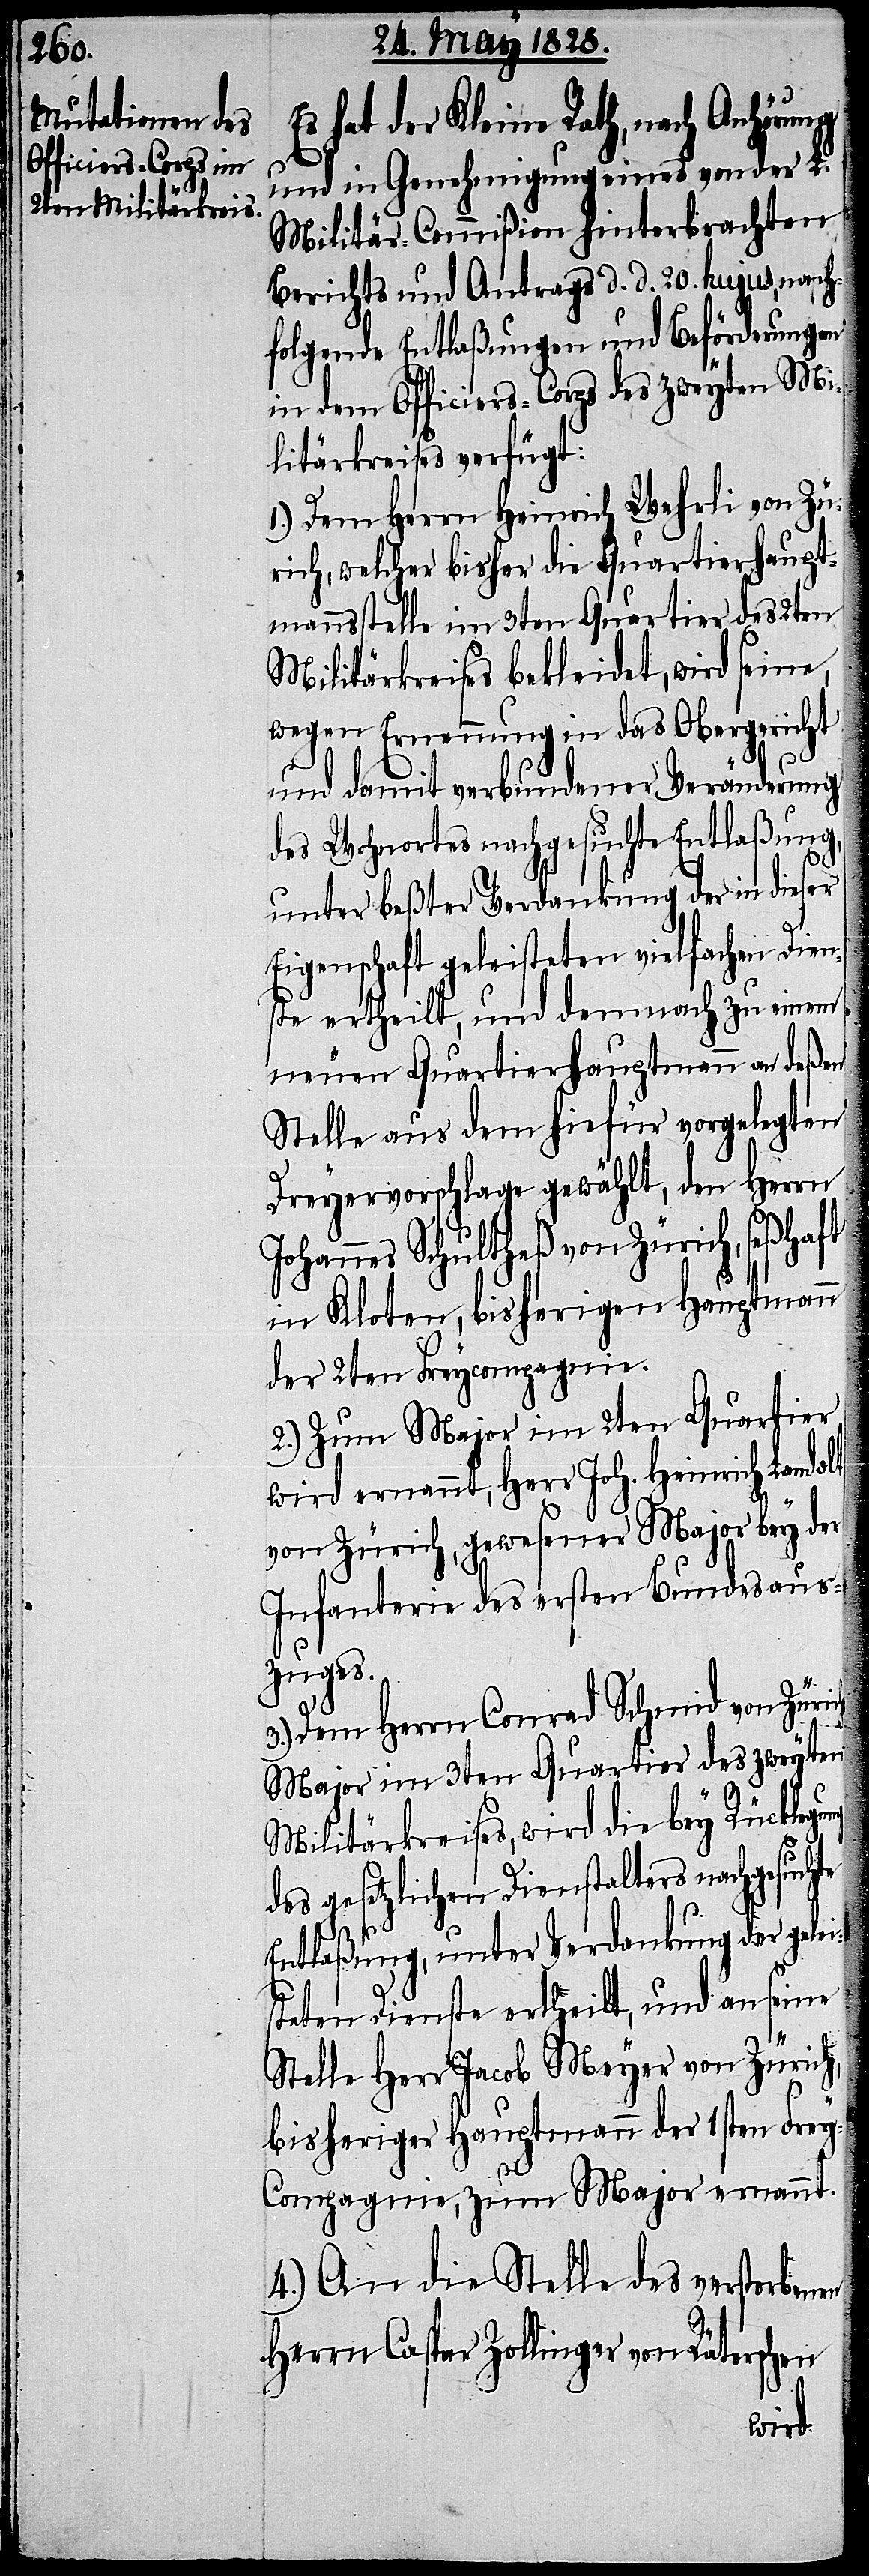
Es hat der Kleine Rath, nach Anhörung
und in Genehmigung eines von der L.
Militär-Commißion hinterbrachten
Berichts und Antrags d. d. 20. hujus, nach¬
folgende Entlaßungen und Beförderungen
in dem Officiers-Corps des zweyten Mi¬
litärkreises verfügt:
1.) Dem Herrn Heinrich Wehrli von Zü¬
rich, welcher bisher die Quartierhaupt¬
mannsstelle im 3ten Quartier des 2ten
Militärkreises bekleidet, wird seine,
wegen Ernennung in das Obergericht
und damit verbundener Veränderung
des Wohnortes nachgesuchte Entlaßung,
unter beßter Verdankung der in dieser
Eigenschaft geleisteten vielfachen Dien¬
ste ertheilt, und demnach zu einem
neuen Quartierhauptmann an deßen
Stelle aus dem hiefür vorgelegten
Dreyervorschlage gewählt, den Herrn
Johannes Schultheß von Zürich, seßhaft
in Kloten, bisherigen Hauptmann
der 2ten Freycompagnie.
2.) Zum Major im 2ten Quartier
wird ernannt, Herr Joh. Heinrich Landolt
von Zürich, gewesener Major bey der
Infanterie des ersten Bundesaus¬
zuges.
ng
3.) Dem Herrn Conrad Schmid von Züric¬
Major im 3ten Quartier des zweyten
Militärkreises, wird die bey Rücklegu¬
des gesetzlichen Dienstalters nachgesuchte
Entlaßung, unter Verdankung der gelei¬
steten Dienste ertheilt, und an seine
Stelle Herr Jacob Meyer von Zürich,
bisheriger Hauptmann der 1sten Fre¬
y-Compagnie, zum Major ernannt.
4.) An die Stelle des verstorbenen
Herrn Caspar Zollinger von Räterschen